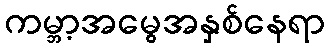
ကမ္ဘာ့အမွေအနှစ်နေရာ